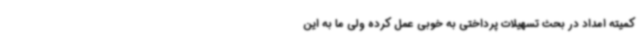
کمیته امداد در بحث تسهیلات پرداختی به خوبی عمل کرده ولی ما به این